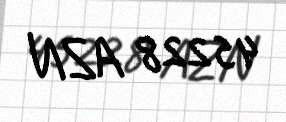
45228 AZN